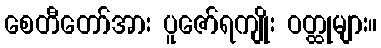
စေတီတော်အား ပူဇော်ရကျိုး ဝတ္ထုများ။